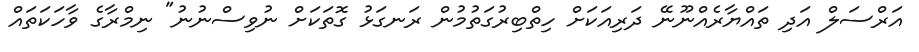
އަރްސަލް އަދި ތައްޔާރެއްނޫނޭ ދަރިއަކަށް ހިތްބިރުގަތުމުން ރަނގަޅު ގޮތަކަށް ނުވިސްނުނު" ނިމްރާގެ ވާހަކަތައް